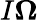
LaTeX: I{\boldsymbol\Omega}